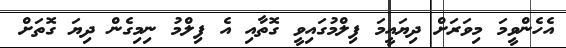
އެހެންވީމަ މިވަރަށް ދިޔައީމަ ފިލްމުގައިވީ ގޮތާއި އެ ފިލްމު ނިމިގެން ދިޔަ ގޮތަށް